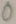
Text: 0